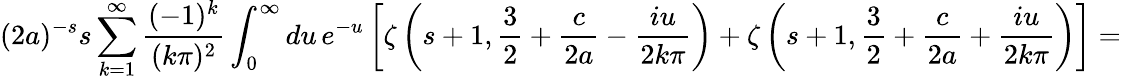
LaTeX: (2a)^{-s}s\sum_{k=1}^{\infty}\frac{(-1)^{k}}{(k\pi)^{2}}\int_{0}^{\infty}du\, e^{-u}\left[\zeta\left(s+1,\frac 32+\frac{c}{2a}-\frac{iu}{2k\pi}\right)+\zeta\left(s+1,\frac 32+\frac{c}{2a}+\frac{iu}{2k\pi}\right)\right]=